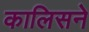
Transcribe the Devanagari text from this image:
कालिसने